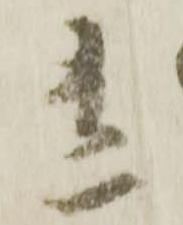
有